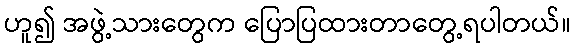
ဟူ၍ အဖွဲ့သားတွေက ပြောပြထားတာတွေ့ရပါတယ်။